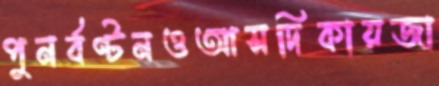
পুনর্বণ্টনওআসদিকায়জা